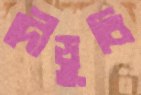
দৌড়ুবি